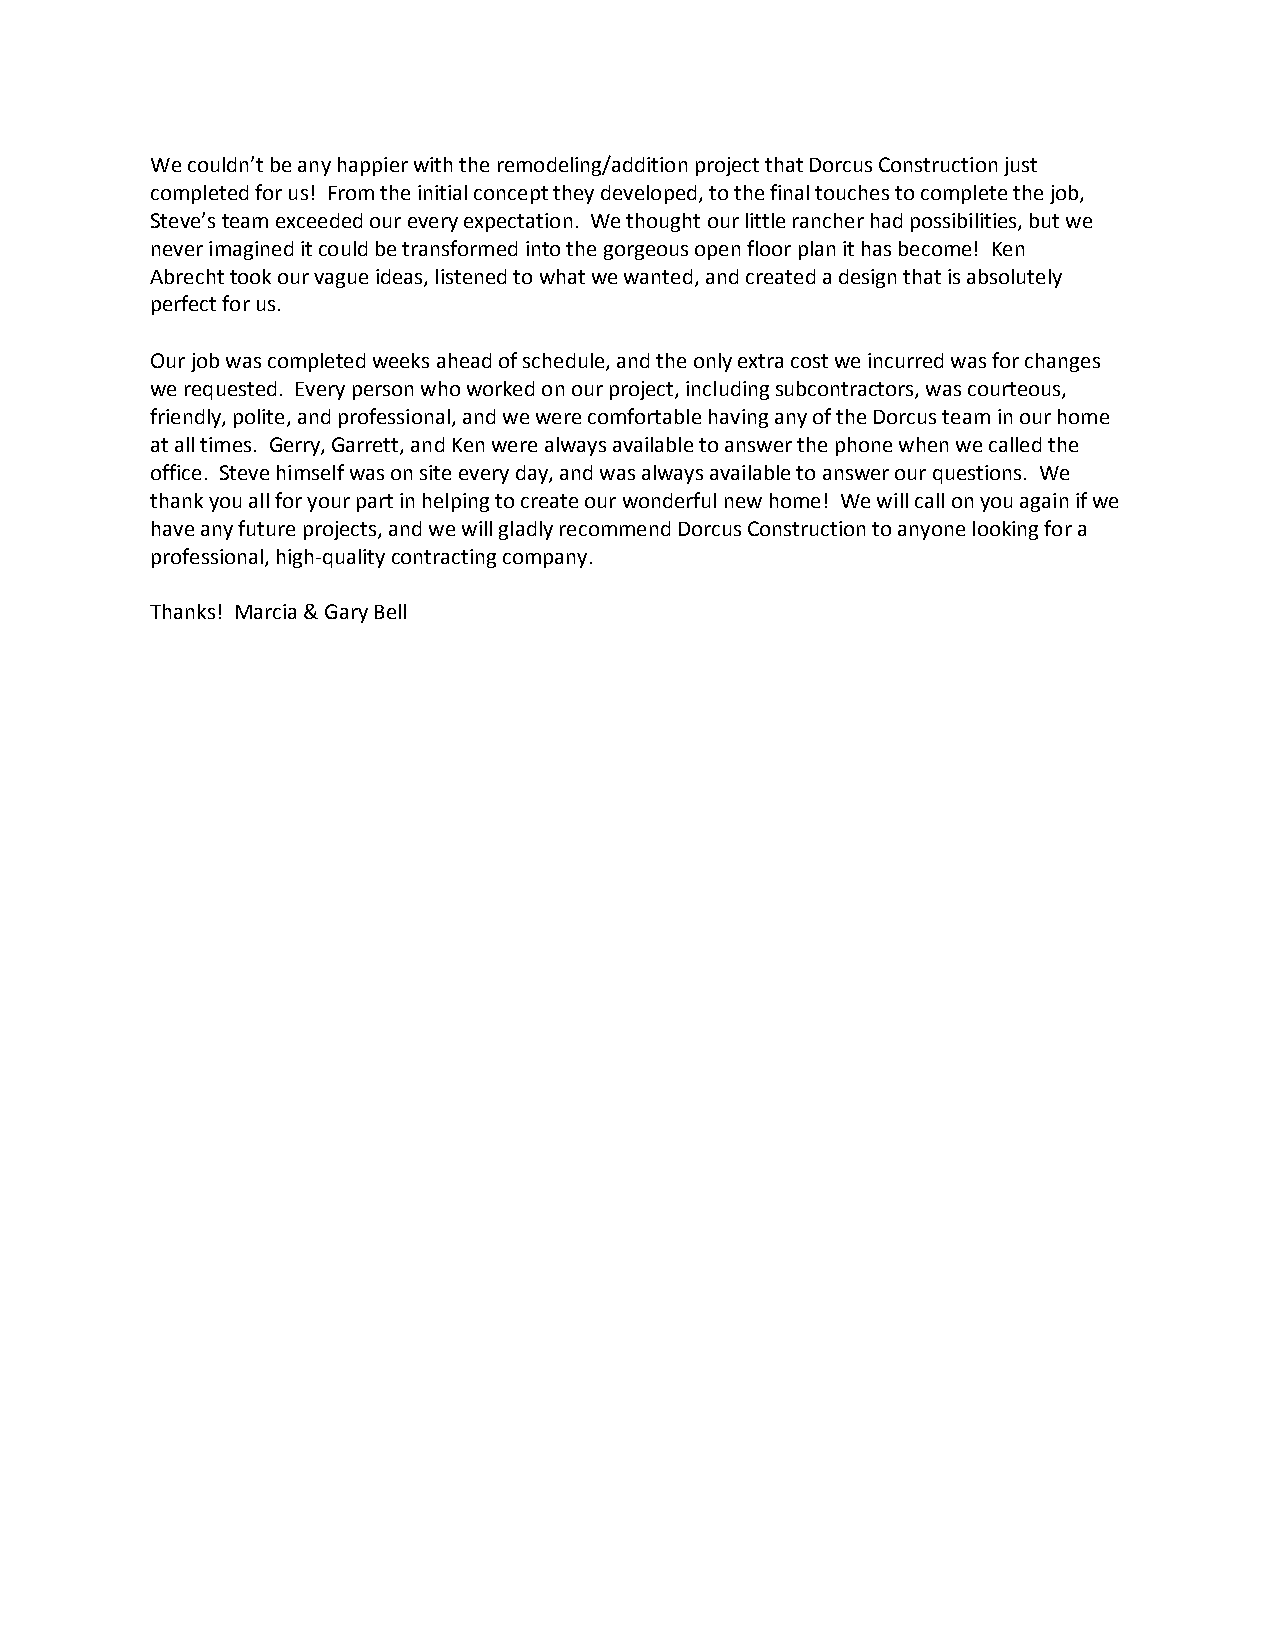
We couldn’t be any happier with the remodeling/addition project that Dorcus Construction just
 completed for us! From the initial concept they developed, to the final touches to complete the job,
 Steve’s team exceeded our every expectation. We thought our little rancher had possibilities, but we
 never imagined it could be transformed into the gorgeous open floor plan it has become! Ken
 Abrecht took our vague ideas, listened to what we wanted, and created a design that is absolutely
 perfect for us.
 Our job was completed weeks ahead of schedule, and the only extra cost we incurred was for changes
 we requested. Every person who worked on our project, including subcontractors, was courteous,
 friendly, polite, and professional, and we were comfortable having any of the Dorcus team in our home
 at all times. Gerry, Garrett, and Ken were always available to answer the phone when we called the
 office. Steve himself was on site every day, and was always available to answer our questions. We
 thank you all for your part in helping to create our wonderful new home! We will call on you again if we
 have any future projects, and we will gladly recommend Dorcus Construction to anyone looking for a
 professional, high-quality contracting company.
 Thanks! Marcia & Gary Bell